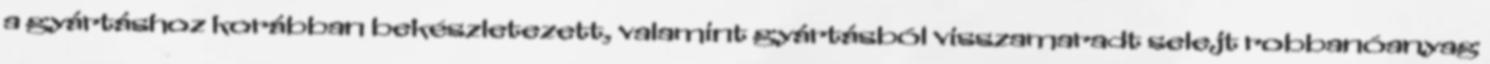
a gyártáshoz korábban bekészletezett, valamint gyártásból visszamaradt selejt robbanóanyag